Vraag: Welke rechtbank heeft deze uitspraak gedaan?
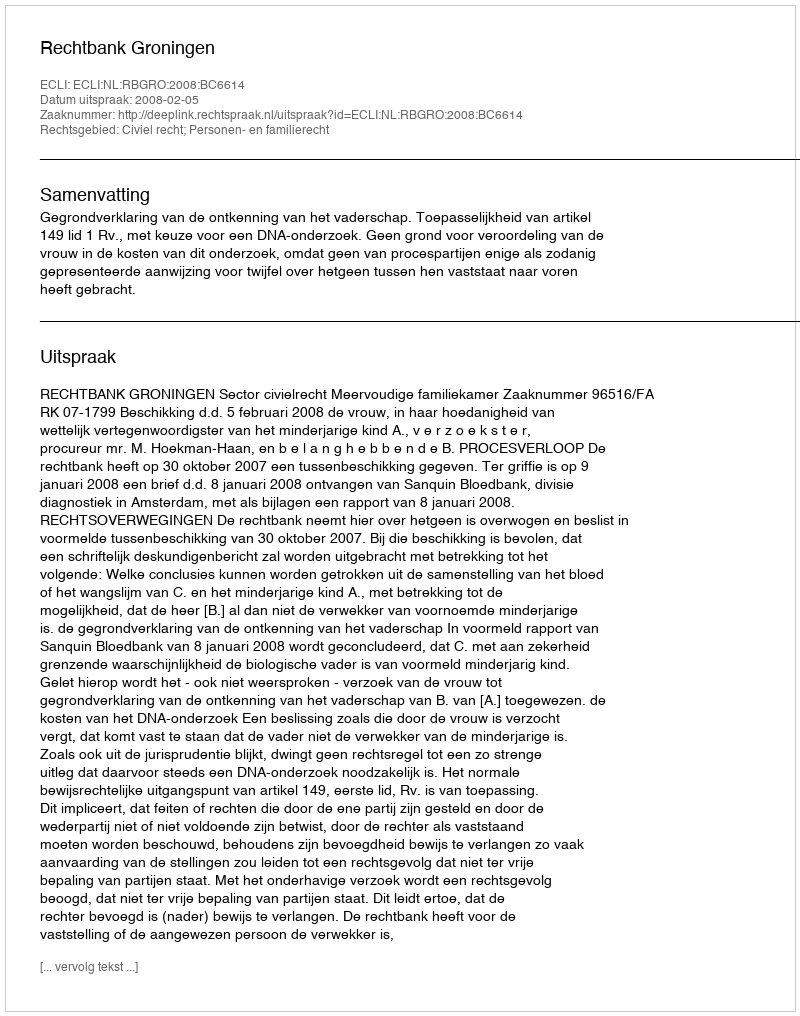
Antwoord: Rechtbank Groningen